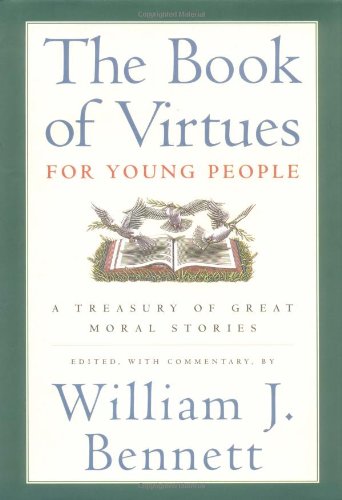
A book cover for The Book of Virtues for Young People: A Treasury of Great Moral Stories; Teen & Young Adult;